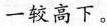
一较高下。